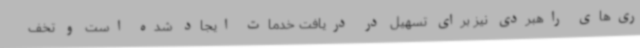
ری‌های راهبردی نیز برای تسهیل در دریافت خدمات ایجاد شده است و تخف